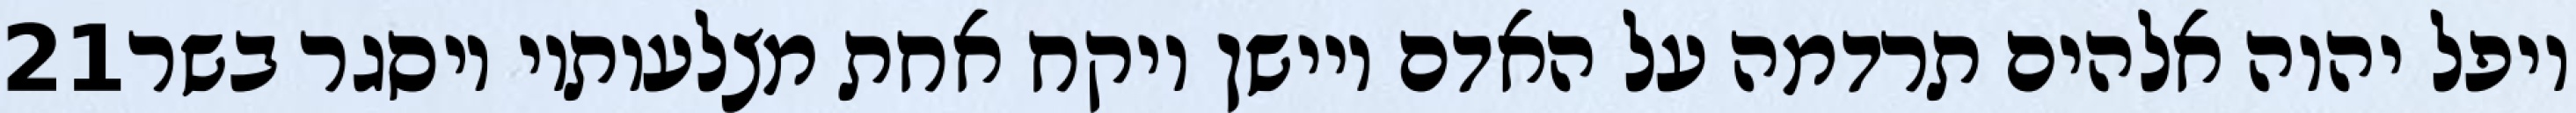
‎21‏ ויפל יהוה אלהים תרדמה על האדם ויישן ויקח אחת מצלעותיו ויסגר בשר